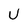
Character: U